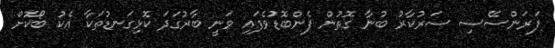
ފަރަންސޭސި ސަރުކާރު ބުނާ ގޮތުން ފެންބޮޑުވެފައި ވަނީ ބާރުގަދަ ކޮޅިގަނޑުތަކާ އެކު ބޯކޮށް